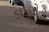
ડાકણોની